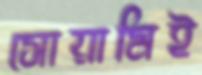
সোয়ামিই